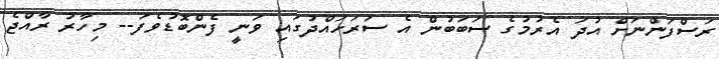
ރަސްފަންނަަށް އުދަ އެރުމުގެ ސަބަބުން އެ ސަރަހައްދުގައި ވަނީ ފެންބޮޑުވެފަ-- މިހާރު ރާއްޖެ